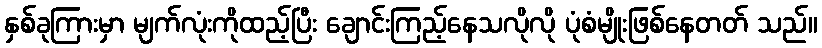
နှစ်ခုကြားမှာ မျက်လုံးကိုထည့်ပြီး ချောင်းကြည့်နေသလိုလို ပုံစံမျိုးဖြစ်နေတတ် သည်။